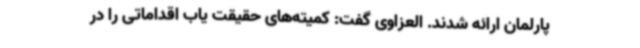
پارلمان ارائه شدند. العزاوی گفت: کمیته‌های حقیقت یاب اقداماتی را در